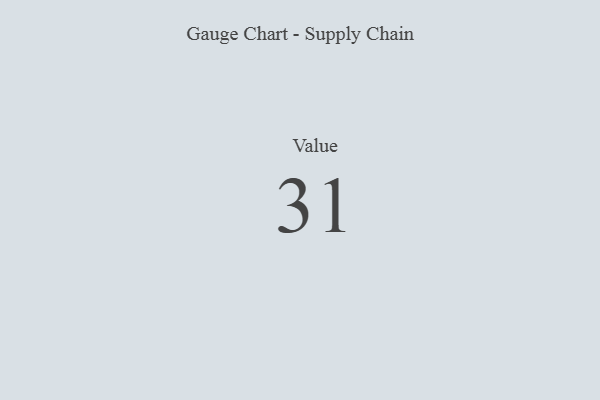
{"axis": {"x": "Metric", "y": "Value"}, "legend": [""], "data": [{"x": "Value", "y": 31, "type": ""}]}